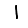
Digit: 1